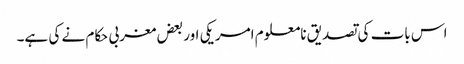
اس بات کی تصدیق نامعلوم امریکی اور بعض مغربی حکام نے کی ہے۔